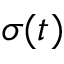
\sigma ( t )